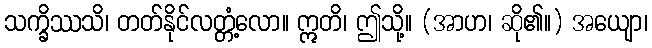
သက္ခိဿသိ၊ တတ်နိုင်လတ္တံ့လော။ ဣတိ၊ ဤသို့။ (အာဟ၊ ဆို၏။) အယျော၊